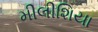
મીલીશિયા